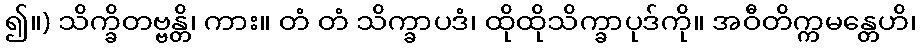
၍။) သိက္ခိတဗ္ဗန္တိ၊ ကား။ တံ တံ သိက္ခာပဒံ၊ ထိုထိုသိက္ခာပုဒ်ကို။ အဝီတိက္ကမန္တေဟိ၊